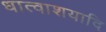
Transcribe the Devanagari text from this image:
धात्वाशयादि